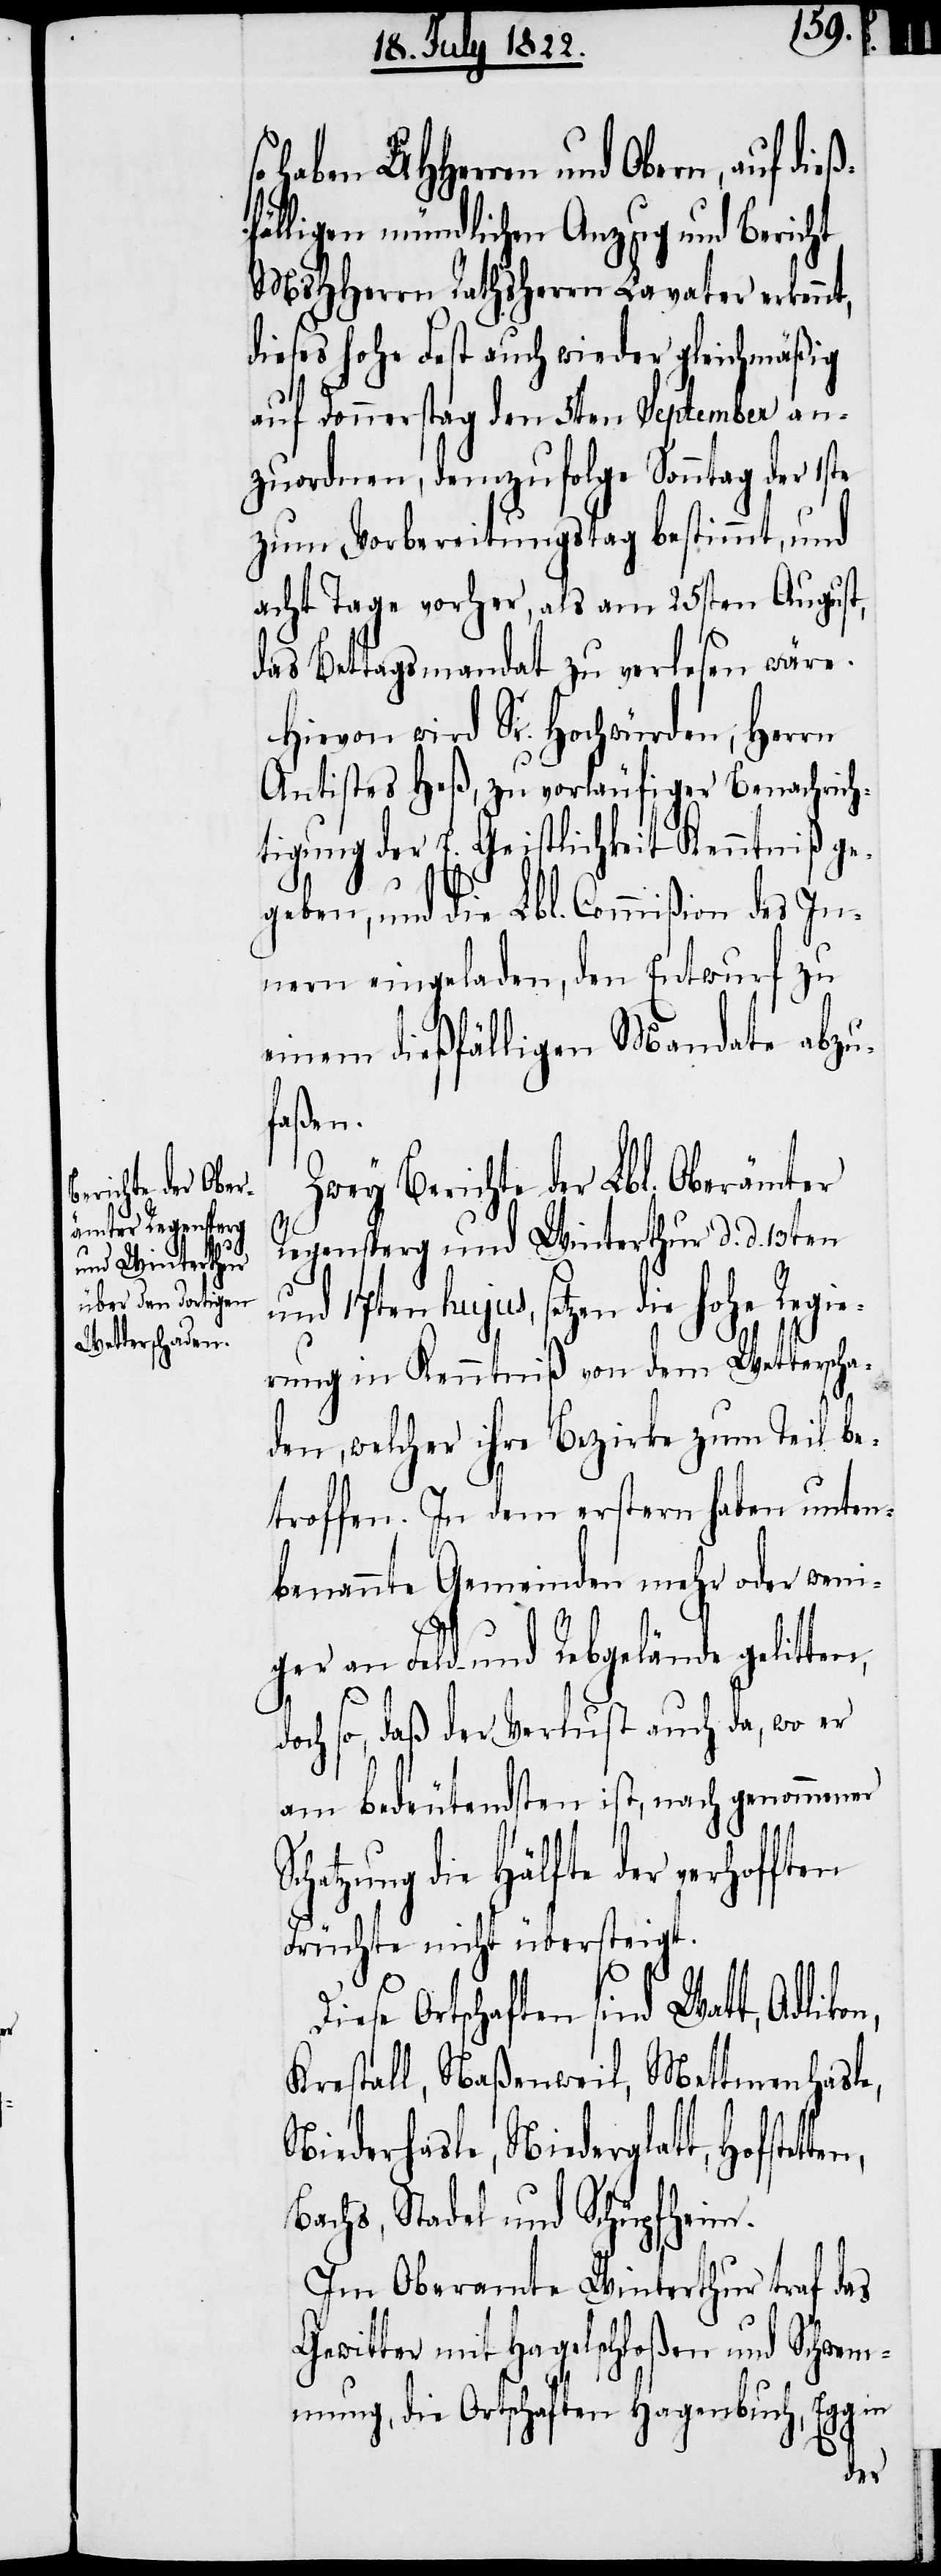
haben UHHerren und Obern, auf die¬
ßfälligen mündlichen Anzug und Bericht
MsHHerren Rathsherrn Lavater erkennt,
dieses hohe Fest auch wieder gleichmäßig
auf Donnerstag den 5ten September an¬
zuordnen, demzufolge Sonntag der 1ste
zum Vorbereitungstag bestimmt, und
acht Tage vorher, als am 25sten August,
das Bettagsmandat zu verlesen wäre.
Hievon wird Sr. Hochwürden, Herrn
Antistes Heß, zu vorläufiger Benachrich¬
tigung der E. Geistlichkeit Kenntniß ge¬
geben, und die Lbl. Commißion des In¬
nern eingeladen, den Entwurf zu
einem dießfälligen Mandate abzu¬
faßen.
Zwey Berichte der Lbl. Oberämter
Regensperg und Winterthur d. d. 13ten
und 17ten hujus, setzen die Hohe Regi¬
erung in Kenntniß von dem Wetterscha¬
den, welcher ihre Bezirke zum Teil be¬
troffen. In dem erstern haben unten¬
benannte Gemeinden mehr oder wen¬
iger an Feld- und Rebgelände gelitten,
doch so, daß der Verlurst auch da, wo er
am bedeutendsten ist, nach genommener
hatzung die Hälfte der verhofften
Früchte nicht übersteigt.
Diese Ortschaften sind Watt, Adlikon,
Krestall, Naßenweil, Mettmenhasle,
Niederhasle, Niederglatt,
Bachs, Stadel und Schüpfheim.
Im Oberamte Winterthur traf das
Gewitter mit Hagelschloßen und Schwem¬
mung, die Ortschaften Hagenbuch, Egg in

Sc¬